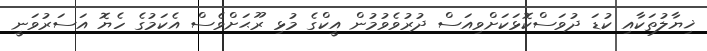
ޚިޔާލުތަކާއި ކުޑަ ދުވަސްކޮޅަކަށްވިއަސް ދުރުވެވުމުން އީކްގެ މުޅި ރޫޙަށްވެސް އެކަމުގެ ހެޔޮ އަސަރުވަނީ